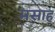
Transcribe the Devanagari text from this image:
मसाह